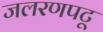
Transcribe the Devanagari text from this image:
जलरणपटू